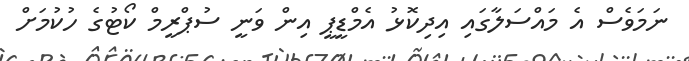
ނަމަވެސް އެ މައްސަލާގައި އިދިކޮޅު އެމްޑީޕީ އިން ވަނީ ސުޕްރީމް ކޯޓުގެ ހުކުމަށް